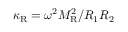
\kappa _ { \mathrm { R } } = \omega ^ { 2 } M _ { \mathrm { R } } ^ { 2 } / R _ { 1 } R _ { 2 }